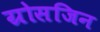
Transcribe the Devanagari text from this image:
ग्रोसजिन